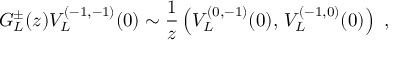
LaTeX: G _ { L } ^ { \pm } ( z ) V _ { L } ^ { ( - 1 , - 1 ) } ( 0 ) \sim { \frac { 1 } { z } } \left( V _ { L } ^ { ( 0 , - 1 ) } ( 0 ) , \, V _ { L } ^ { ( - 1 , 0 ) } ( 0 ) \right) \ ,